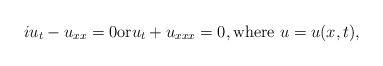
LaTeX: \begin{align*}iu_t-u_{xx}=0\mbox{or}u_t+u_{xxx}=0,\mbox{where } u=u(x,t),\end{align*}